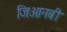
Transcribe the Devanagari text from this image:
जिआनबी